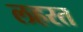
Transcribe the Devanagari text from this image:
लहरत